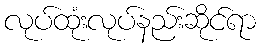
လုပ်ထုံးလုပ်နည်းဆိုင်ရာ